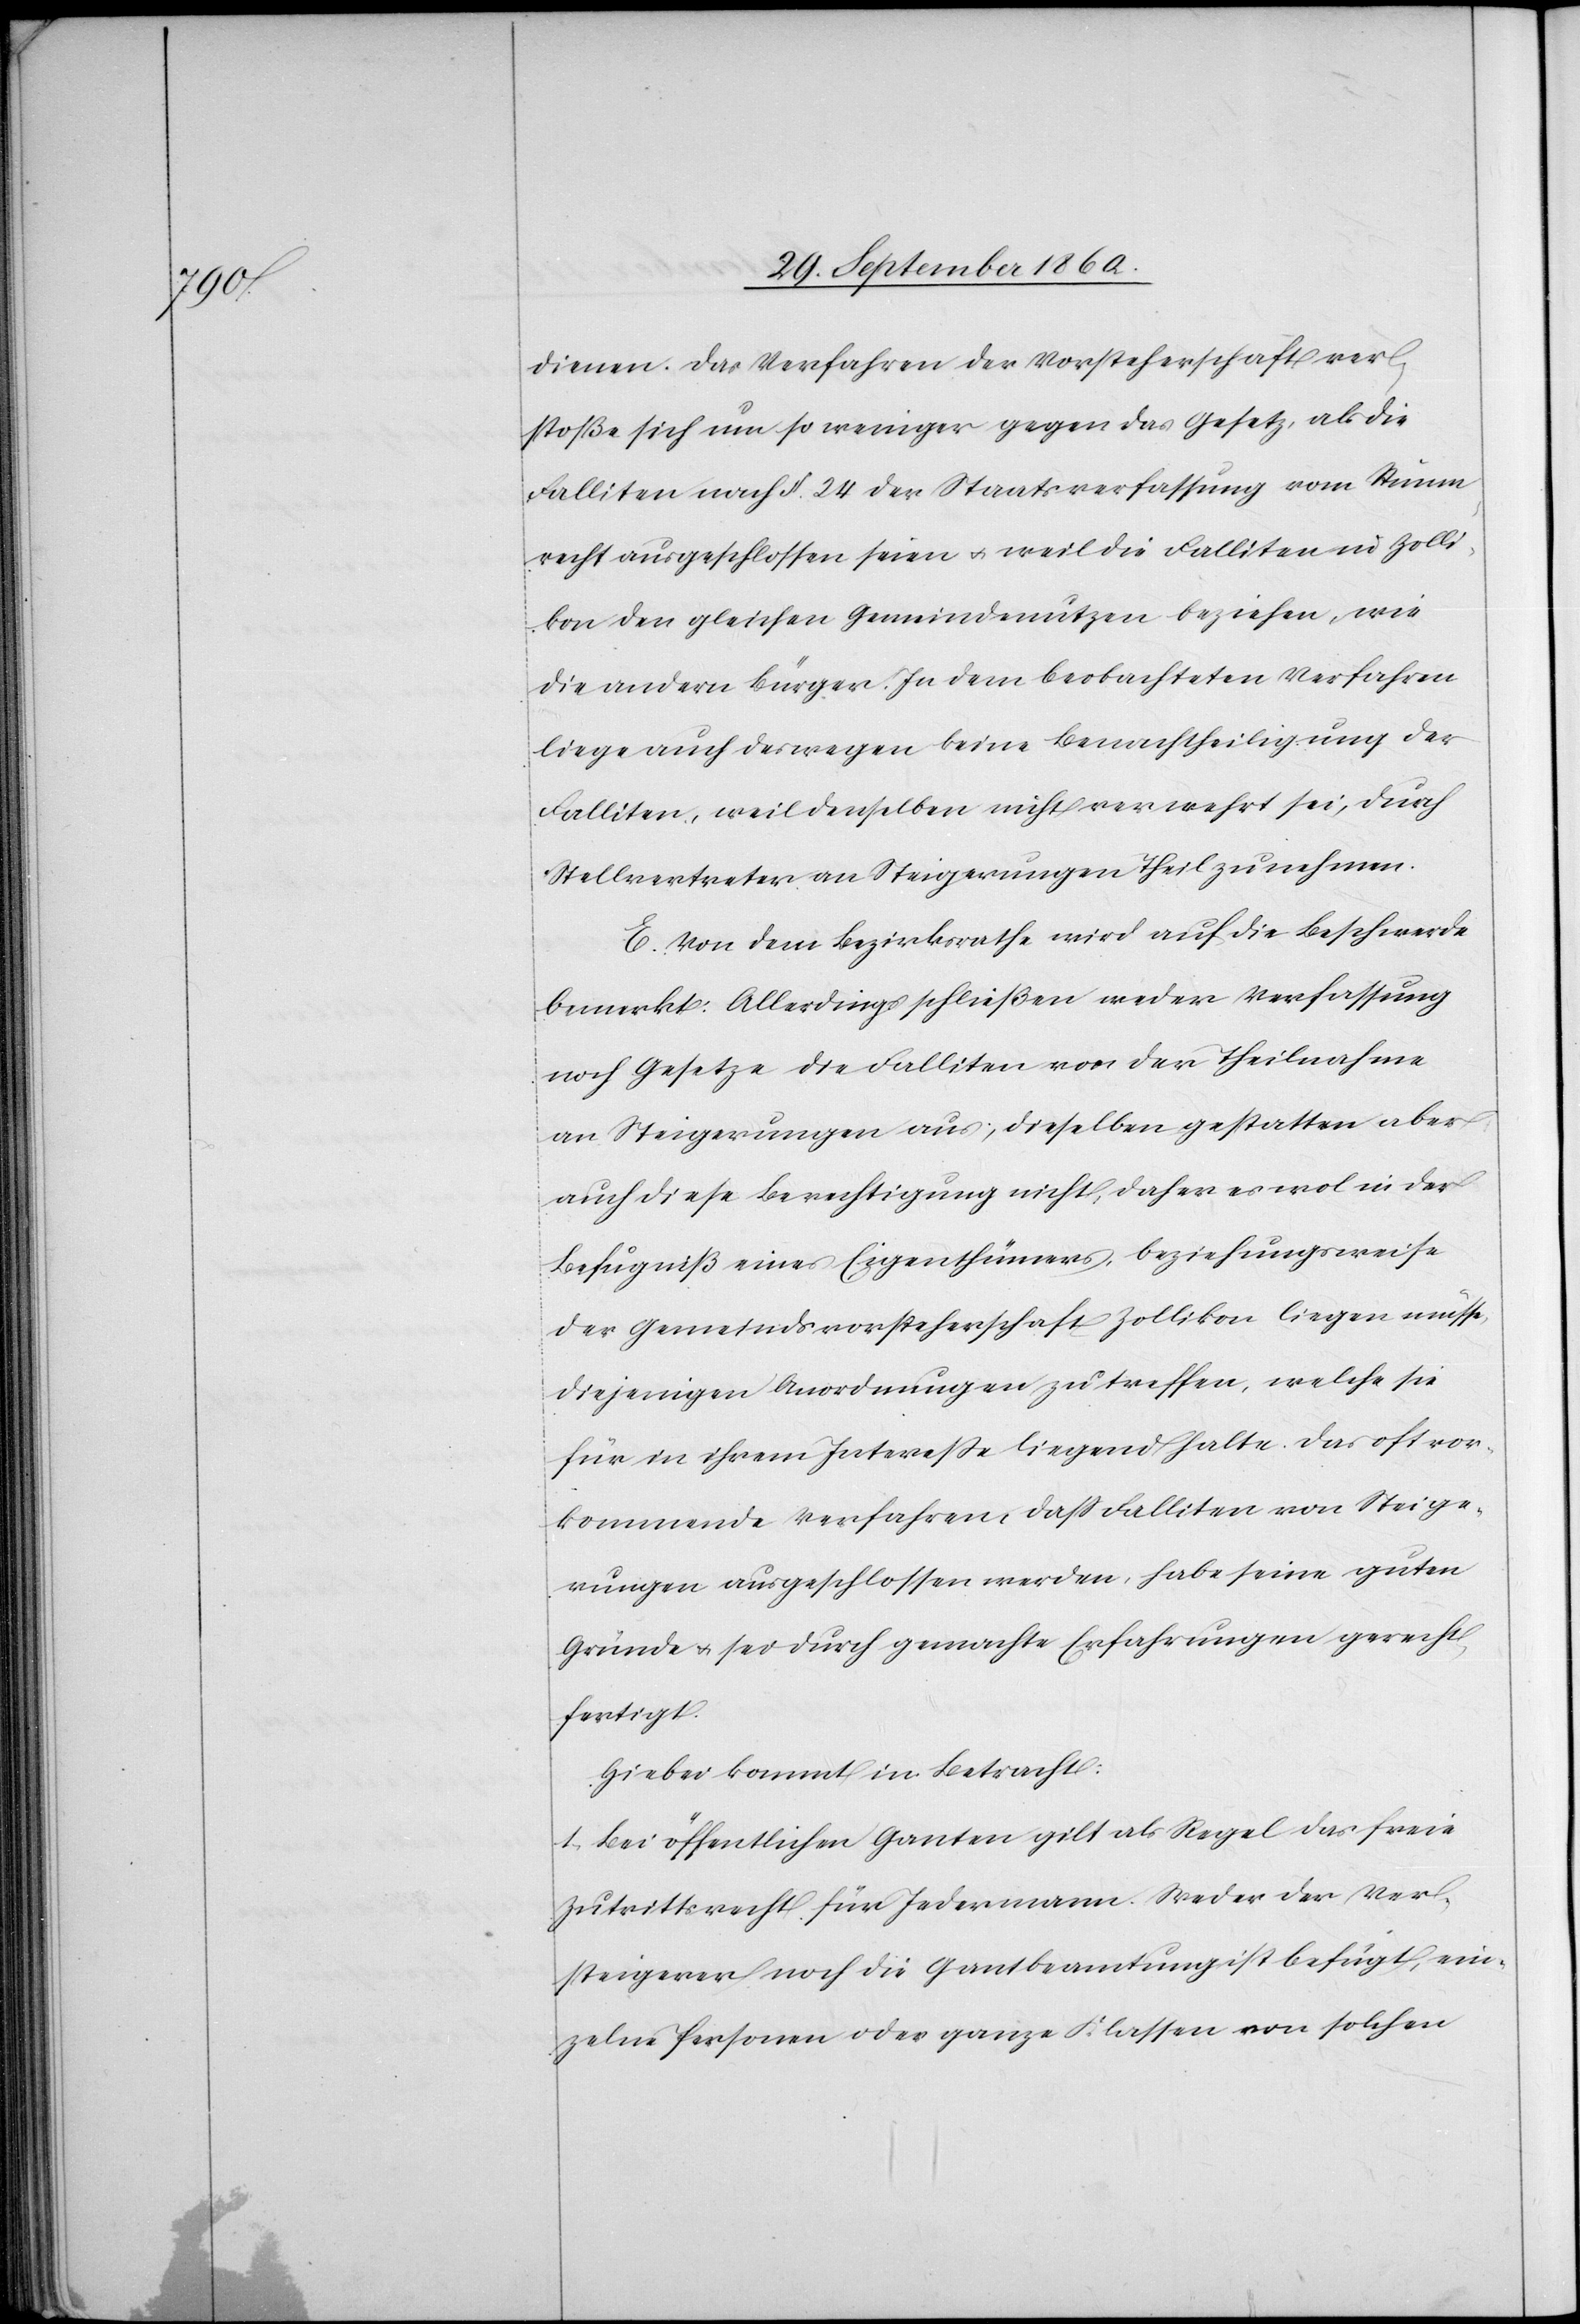
dienen. Das Verfahren der Vorsteherschaft ver¬
stoße sich um so weniger gegen das Gesetz, als die
Falliten nach §. 24 der Staatsverfassung vom Stimm¬
recht ausgeschlossen seien u. weil die Falliten in Zolli¬
kon den gleichen Gemeindenutzen beziehen, wie
die andern Bürger. In dem beobachteten Verfahren
liege auch deswegen keine Benachtheiligung der
Falliten, weil denselben nicht verwehrt sei, durch
Stellvertreter an Steigerungen Theil zu nehmen.
E. Von dem Bezirksrathe wird auf die Beschwerde
bemerkt: Allerdings schließen weder Verfassung
noch Gesetze die Falliten von der Theilnahme
an Steigerungen aus; dieselben gestatten aber
auch diese Berechtigung nicht, daher es wol in der
Befugniß eines Eigenthümers, beziehungsweise
der Gemeindsvorsteherschaft Zollikon liegen müsse,
diejenigen Anordnungen zu treffen, welche sie
für in ihrem Intereße liegend halte. Das oft vor¬
kommende Verfahren, daß Falliten von Steige¬
rungen ausgeschlossen werden, habe seine guten
Gründe u. sei durch gemachte Erfahrungen gerecht¬
fertigt.
Hiebei kommt in Betracht:
1. Bei öffentlichen Ganten gilt als Regel das freie
Zutrittsrecht für Jedermann. Weder der Ver¬
steigerer noch die Gantbeamtung ist befugt, ein¬
zelne Personen oder ganze Klassen von solchen